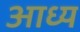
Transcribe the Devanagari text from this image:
आध्य